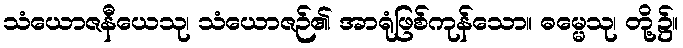
သံယောဇနီယေသု၊ သံယောဇဉ်၏ အာရုံဖြစ်ကုန်သော။ ဓမ္မေသု၊ တို့၌။